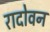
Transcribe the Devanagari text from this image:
रादोवन